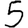
Digit: 5